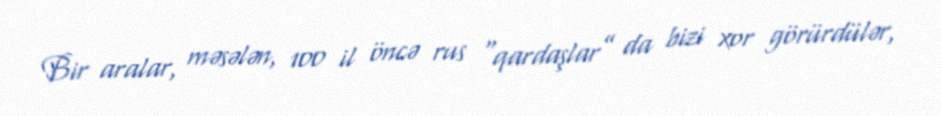
Bir aralar, məsələn, 100 il öncə rus “qardaşlar” da bizi xor görürdülər,